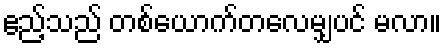
ဧည့်သည် တစ်ယောက်တလေမျှပင် မလာ။